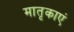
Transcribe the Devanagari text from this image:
मातृकाएं